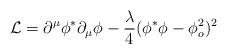
LaTeX: \begin{align*}{\mathcal L} =\partial^\mu \phi^* \partial_\mu \phi -\frac{\lambda}{4} (\phi^*\phi -\phi_o^2)^2\end{align*}